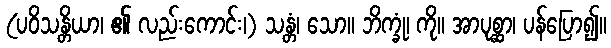
(ပဝိသန္တိယာ၊ ၏ လည်းကောင်း၊) သန္တံ၊ သော။ ဘိက္ခုံ၊ ကို။ အာပုစ္ဆာ၊ ပန်ပြော၍။